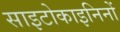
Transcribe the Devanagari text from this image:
साइटोकाइनिनों